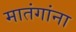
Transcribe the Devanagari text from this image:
मातंगांना